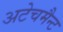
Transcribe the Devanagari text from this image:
अटेचमैन्ट